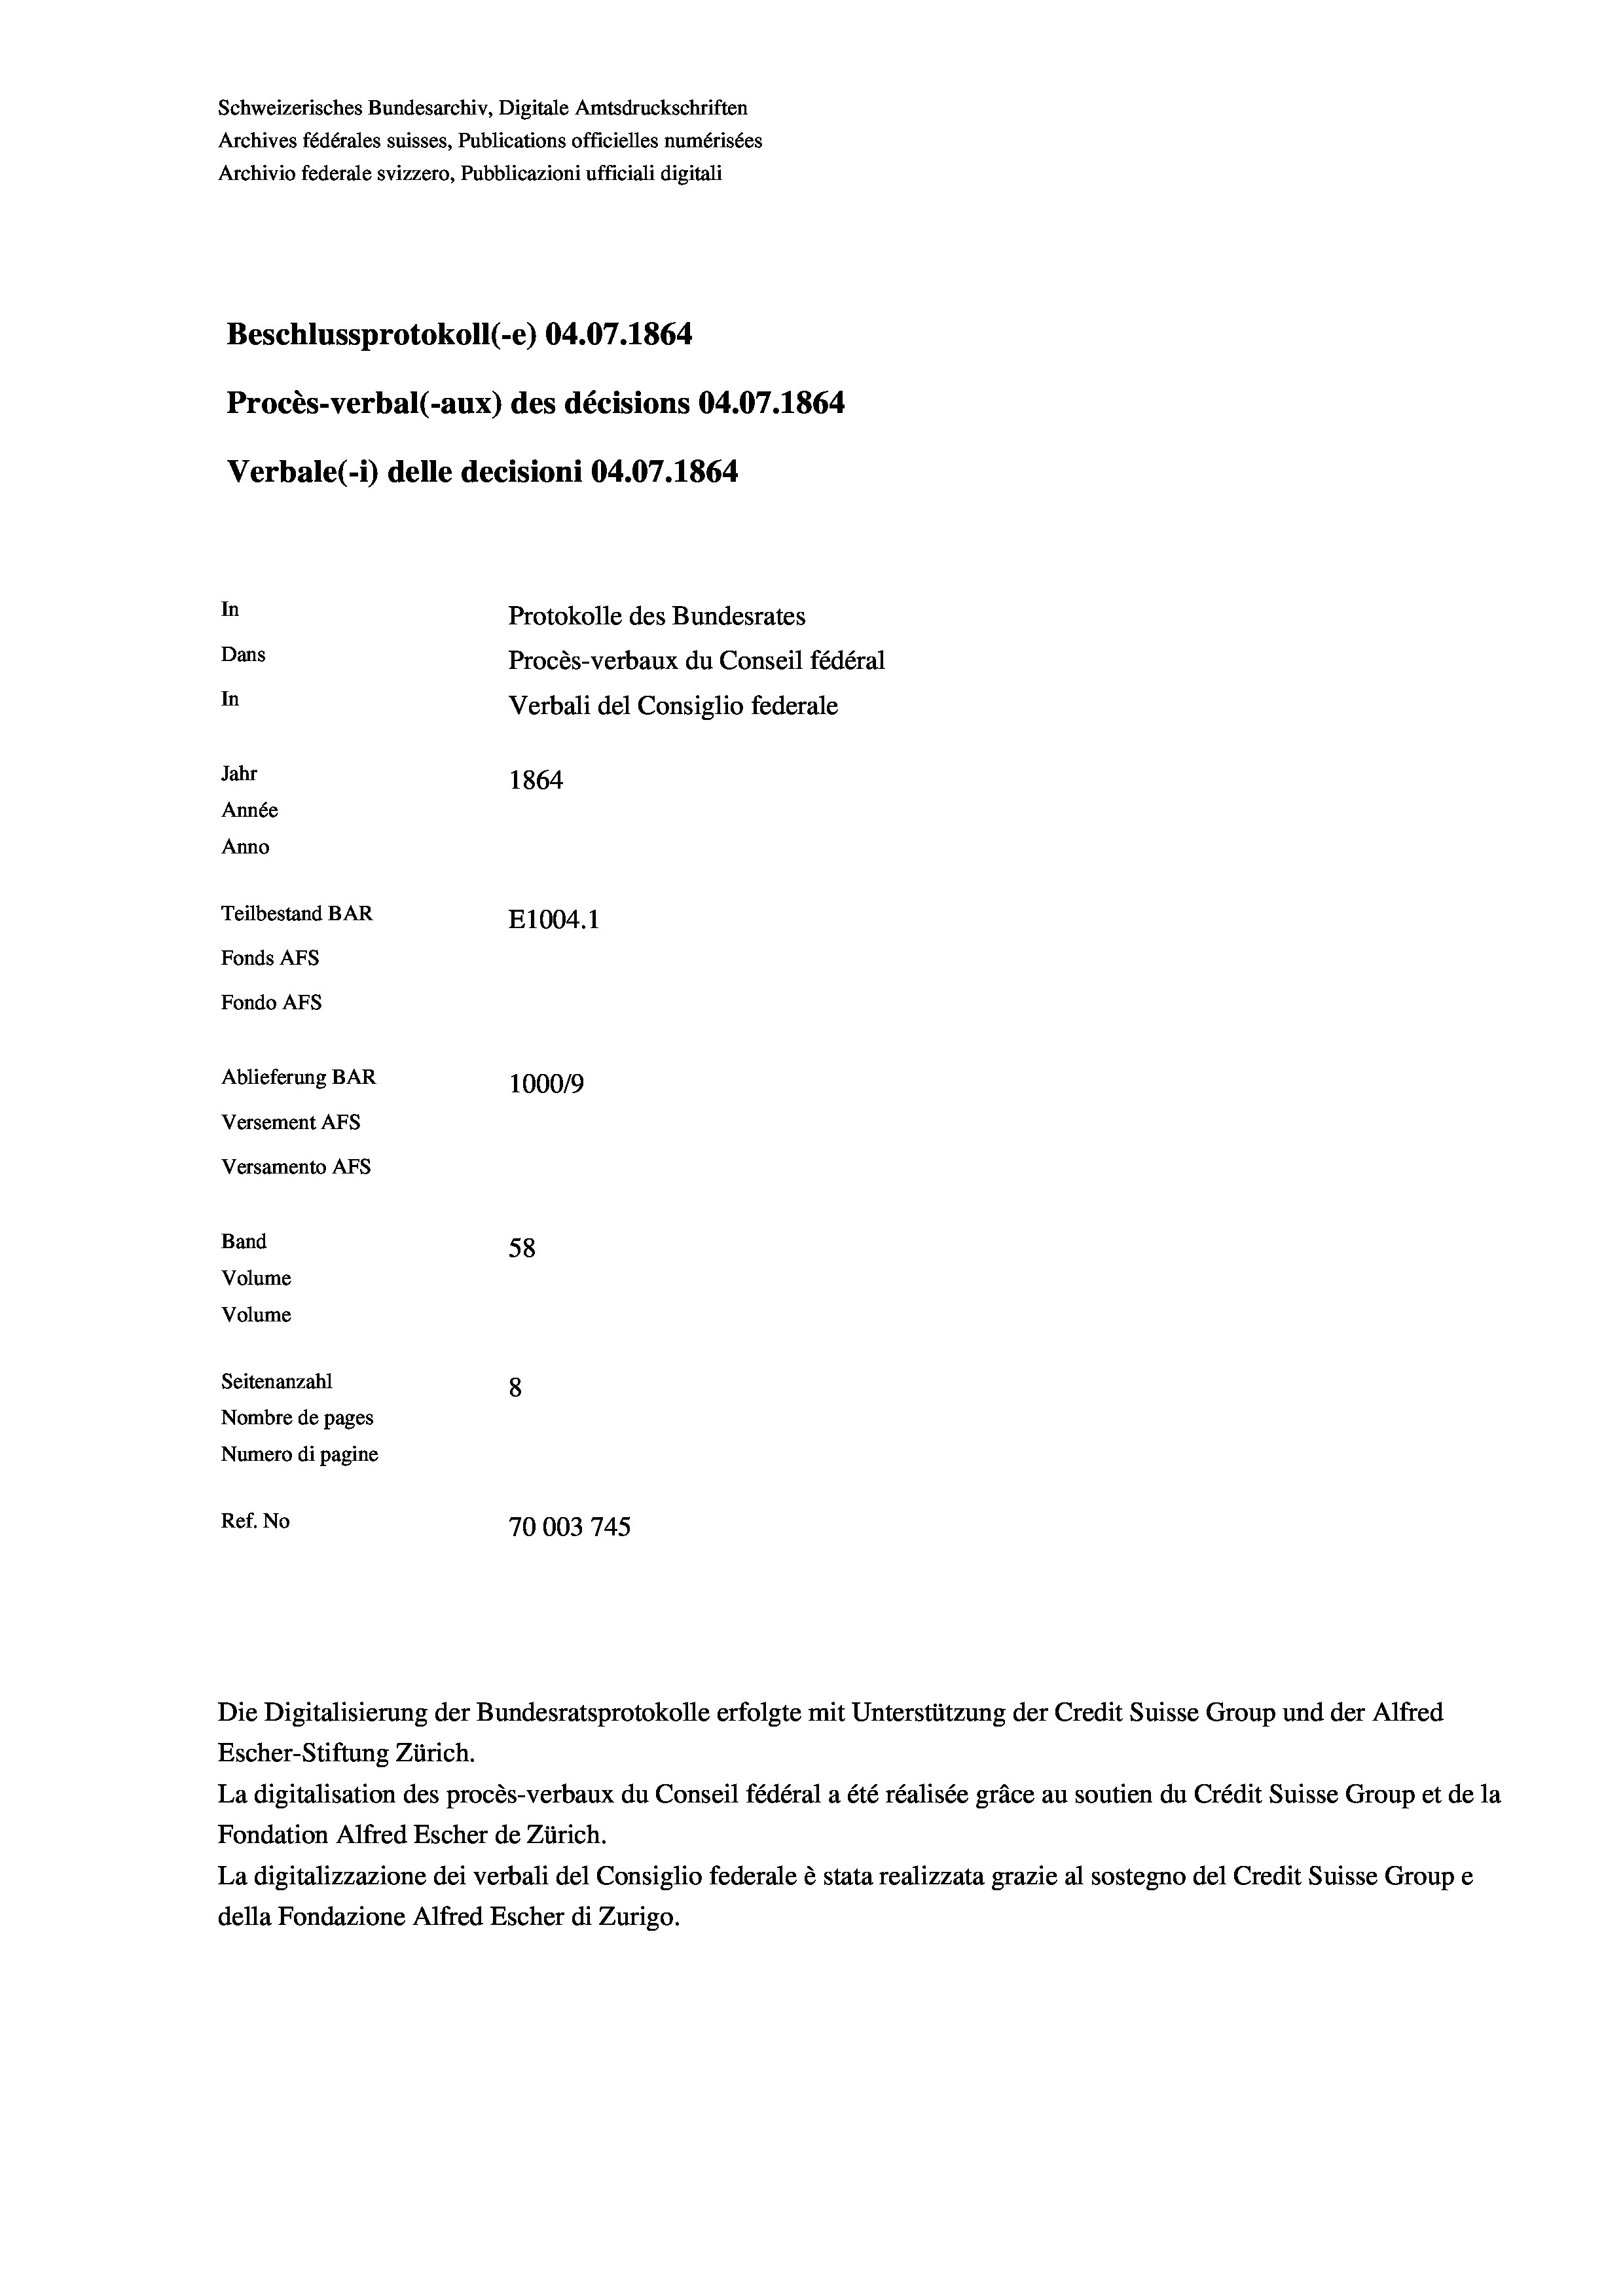
Schweizerisches Bundesarchiv, Digitale Amtsdruckschriften
Archives fédérales suisses, Publications officielles numérisées
Archivio federale svizzero, Pubblicazioni ufficiali digitali
Beschlussprotokoll (-e) 04.07. 1864
Procès-verbal (-aux) des décisions 04.07. 1864
Verbale (i) delle decisioni 04.07. 1864
In
Protokolle des Bundesrates
Dans
Procès-verbaux du Conseil fédéral
In
Verbali del Consiglio federale
Jahr
1864
Année
Anno
Teilbestand BAR
E1004. 1
Fonds AFs
Fondo AFs
Ablieferung BAR
100019
Versement AFs
Versamento AFs
Band
58
Volume
Volume

Seitenanzahl
8
Nombre de pages
Numero di pagine
Ref. No
70003 745

Escher-Stiftung Zürich.
La digitalisation des procès-verbaux du Conseil fédéral a été réalisée gräce au soutien du Crédit Suisse Group et de la
Fondation Alfred Escher de Zürich.
La digitalizzazione dei verbali del Consiglio federale è stata realizzata grazie al sostegno del Credit Suisse Groupe
della Fondazione Alfred Escher di Zurigo.

Die Digitalisierung der Bundesratsprotokolle erfolgte mit Unterstützung der Credit Suisse Group und der Alfred